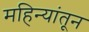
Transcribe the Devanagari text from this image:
महिन्‍यांतून